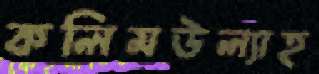
কলিমউল্যাহ